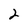
Character: 2